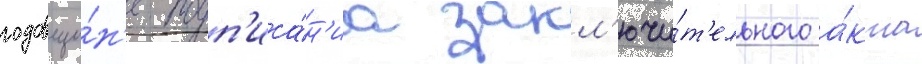
годовщи́н'е подп'иса́н'иа закл'ючи́т'ельного а́кта